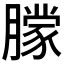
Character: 𬂔